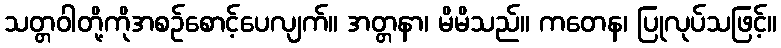
သတ္တဝါတို့ကိုအစဉ်စောင့်ပေလျက်။ အတ္တနာ၊ မိမိသည်။ ကတေန၊ ပြုလုပ်သဖြင့်။